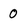
Character: 0